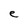
Character: e